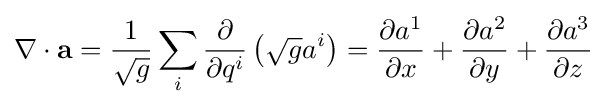
\nabla \cdot \mathbf {a} ={\frac {1}{\sqrt {g}}}\sum _{i}{\frac {\partial }{\partial q^{i}}}\left({\sqrt {g}}a^{i}\right)={\frac {\partial a^{1}}{\partial x}}+{\frac {\partial a^{2}}{\partial y}}+{\frac {\partial a^{3}}{\partial z}}